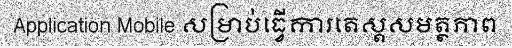
Application Mobile សម្រាប់ធ្វើការតេស្តសមត្ថភាព